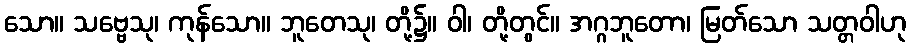
သော။ သဗ္ဗေသု၊ ကုန်သော။ ဘူတေသု၊ တို့၌။ ဝါ၊ တို့တွင်။ အဂ္ဂဘူတော၊ မြတ်သော သတ္တဝါဟု